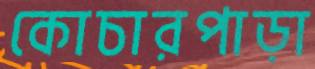
কোচারপাড়া